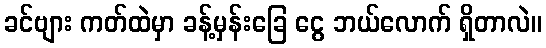
ခင်ဗျား ကတ်ထဲမှာ ခန့်မှန်းခြေ ငွေ ဘယ်လောက် ရှိတာလဲ။